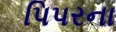
પિપરના